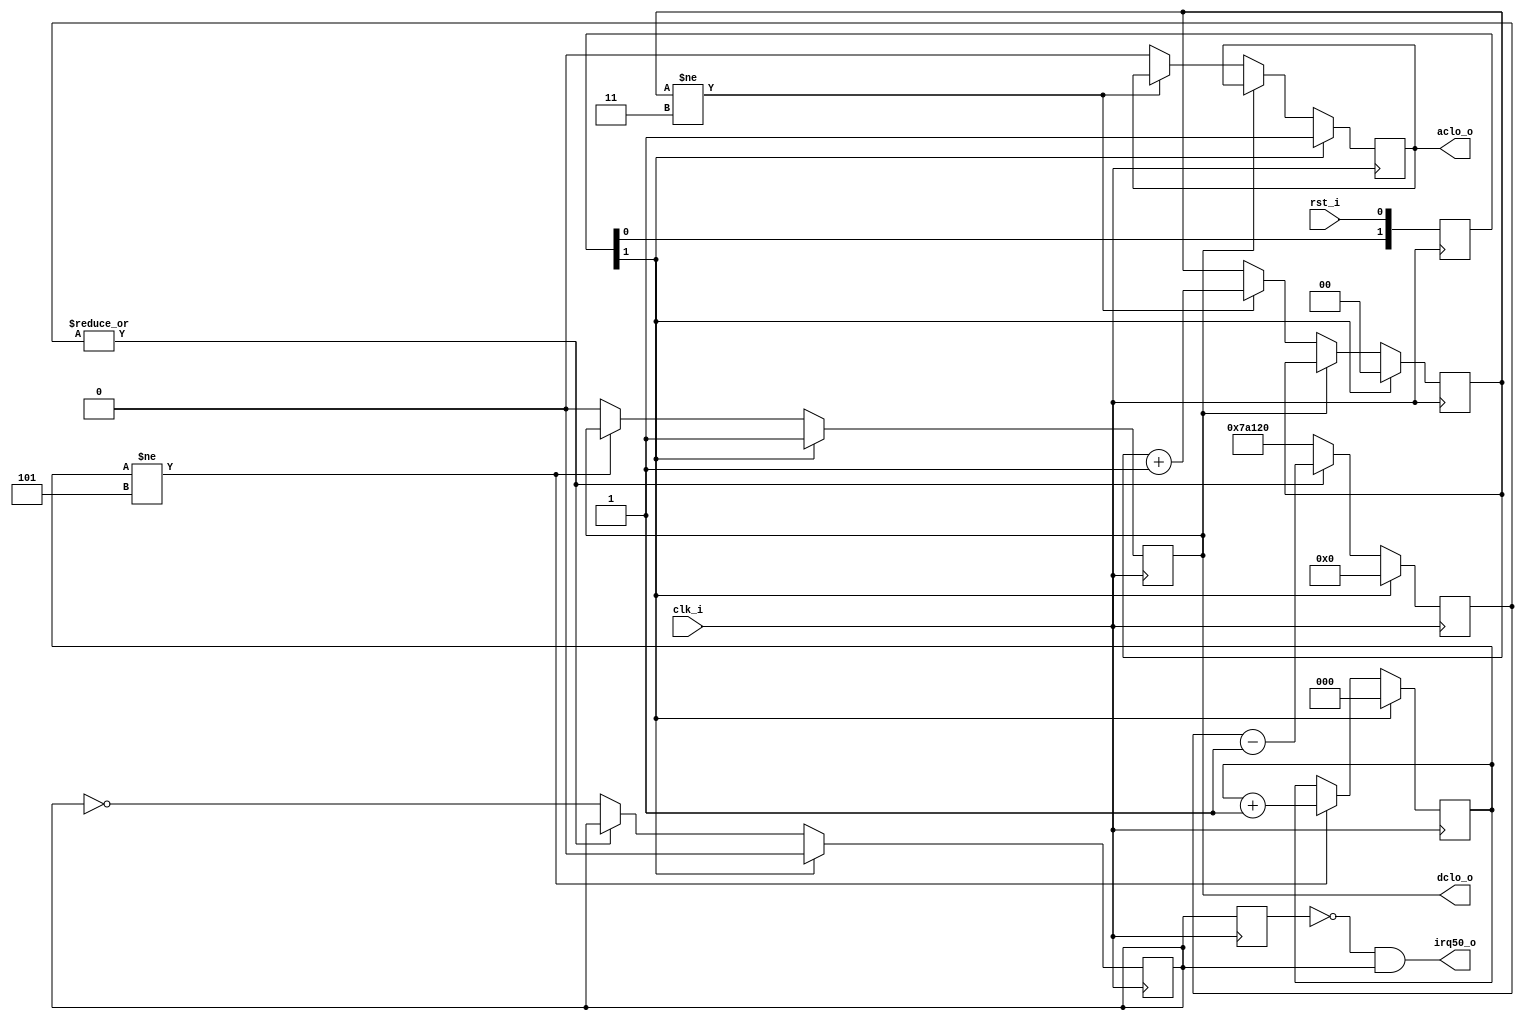
//=================================================================================
//   Ethernet DELQA    4 (LSI-11M)
//=================================================================================
//         
//     https://github.com/forth32/dvk-fpga
//=================================================================================
`define	DCLO_WIDTH_CLK	5
`define	ACLO_DELAY_CLK	3
//*****************************************************
//*      
//*****************************************************
module cpu_reset (
   input    clk_i,		//   50 
   input    rst_i,		//  , 0 - , 1 - 
   output   dclo_o,		//  DC
   output   aclo_o,		//  AC
   output	irq50_o		//    50 
);
localparam DCLO_COUNTER_WIDTH = log2(`DCLO_WIDTH_CLK);
localparam ACLO_COUNTER_WIDTH = log2(`ACLO_DELAY_CLK);

reg [DCLO_COUNTER_WIDTH-1:0] dclo_cnt;
reg [ACLO_COUNTER_WIDTH-1:0] aclo_cnt;
reg [1:0]	reset;
reg [18:0]	intcount;    			//    
reg			aclo_out, dclo_out;
reg			irq50;
assign dclo_o = dclo_out;
assign aclo_o = aclo_out;

reg prevs;
always @(posedge clk_i)
	prevs <= irq50;
assign irq50_o = ~prevs & irq50;

always @(posedge clk_i) begin
   //
   //      
   //
   reset[0] <= rst_i; 
   reset[1] <= reset[0];
   
   if (reset[1])   begin
      dclo_cnt     <= 0;
      aclo_cnt     <= 0;
      aclo_out      <= 1'b1;
      dclo_out      <= 1'b1;
      intcount    <= 19'd000000;
      irq50       <= 1'b0;
   end
   else  begin
      //
      //   DCLO
      //
      if (dclo_cnt != `DCLO_WIDTH_CLK)   dclo_cnt <= dclo_cnt + 1'b1;
      else  dclo_out <= 1'b0;  //  DCLO
         
      //
      //   ACLO
      //
      if (~dclo_out)
         if (aclo_cnt != `ACLO_DELAY_CLK) aclo_cnt <= aclo_cnt + 1'b1;
         else   aclo_out <= 1'b0;
         
      //   
      if (|intcount == 1'b0) begin
         intcount <= 19'd500000;      
         irq50 <= ~irq50;
      end
      else intcount <= intcount-1'b1;   
  
   end
end

//       
function integer log2(input integer value);
   begin
      for (log2=0; value>0; log2=log2+1) 
         value = value >> 1;
   end
endfunction
endmodule